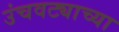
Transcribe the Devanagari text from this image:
उंचवट्याच्या